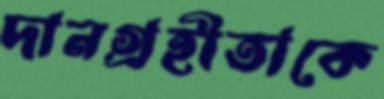
দানগ্রহীতাকে